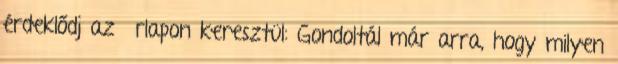
érdeklődj az űrlapon keresztül: Gondoltál már arra, hogy milyen